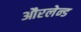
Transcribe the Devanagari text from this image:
औरलेन्ड